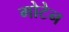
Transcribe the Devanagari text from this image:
गोटेन